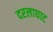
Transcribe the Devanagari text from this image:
दरलाघाट